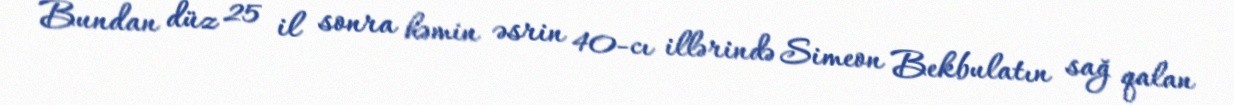
Bundan düz 25 il sonra həmin əsrin 40-cı illərində Simeon Bekbulatın sağ qalan